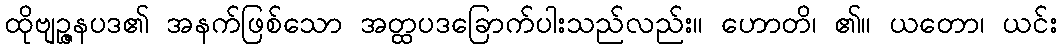
ထိုဗျဉ္ဇနပဒ၏ အနက်ဖြစ်သော အတ္ထပဒခြောက်ပါးသည်လည်း။ ဟောတိ၊ ၏။ ယတော၊ ယင်း